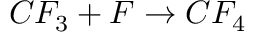
C F _ { 3 } + F \rightarrow C F _ { 4 }